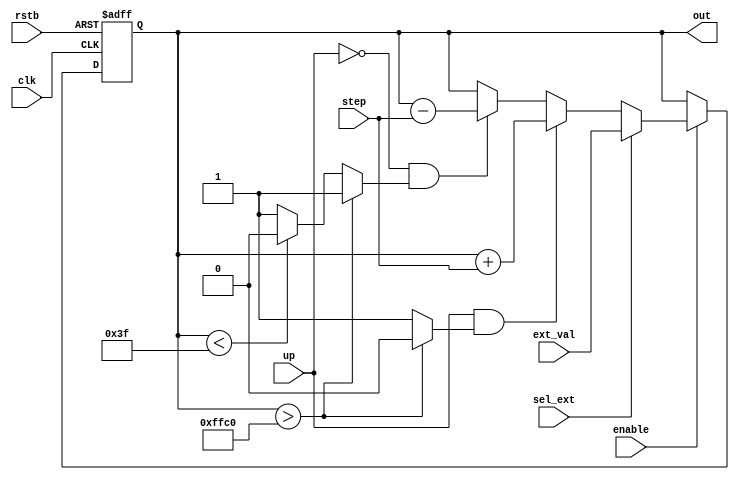
	//Verilog-AMS HDL for "tirunels_design", "veri_accumulator_16bit" "verilogams"

module veri_accumulator_16bit (out,enable,clk,rstb,up,step,ext_val,sel_ext);

        output [15:0]out;
        input enable, clk, rstb,up;
        input [3:0] step;	
        input [15:0] ext_val;
        input sel_ext;	
        
        reg [15:0]out;
        reg upsatb,dnsatb;


    always @(posedge clk or negedge rstb)
    begin
       if (~rstb) 
          begin
            out <= 16'h8000; //START FROM MID CODE
          end 
    else
       if (enable)         //SATURATION AND FREEZE CHECK
         if(sel_ext)       //ENABLE TO EXTERNAL INPUT TO ACCUMULATOR
           out<= ext_val;
         else
           if(up == 1'b1 && upsatb)
          begin
            out <= out + step;
          end
        else 
         if(up == 1'b0 && dnsatb) 
          begin
           out <= out - step;
          end

end  //SEQUENTIAL END

     //NEXT
     //Saturate_Bar variable for saturating at highest or lowest values to prevent rolling over of the accumulator_
  always @(out)
        if(out > 16'hFFC0)
          begin
            upsatb <= 1'b0;
            dnsatb <= 1'b1;
         end          
        else if (out < 16'h3F)
          begin
            upsatb <= 1'b1;
            dnsatb <= 1'b0;
         end
        else
          begin
            upsatb <= 1'b1;
            dnsatb <= 1'b1;
         end
endmodule